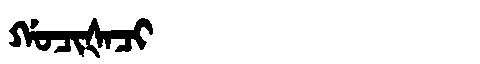
Manchu: ᡤᠣᠴᡳᡧᠠᠴᡳ
Romanization: GOCIŠACI